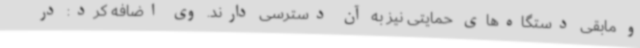
و مابقی دستگاه‌های حمایتی نیز به آن دسترسی دارند. وی اضافه کرد: در